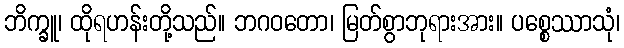
ဘိက္ခူ၊ ထိုရဟန်းတို့သည်။ ဘဂဝတော၊ မြတ်စွာဘုရားအား။ ပစ္စေဿာသုံ၊